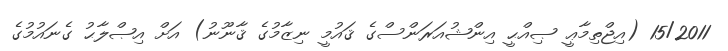
15/2011 (އިޖްތިމާޢީ ޞިއްޙީ އިންޝުއަރަންސްގެ ޤައުމީ ނިޒާމުގެ ޤާނޫނު) އަށް އިޞްލާޙު ގެނައުމުގެ